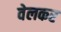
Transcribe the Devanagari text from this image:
वेलकर